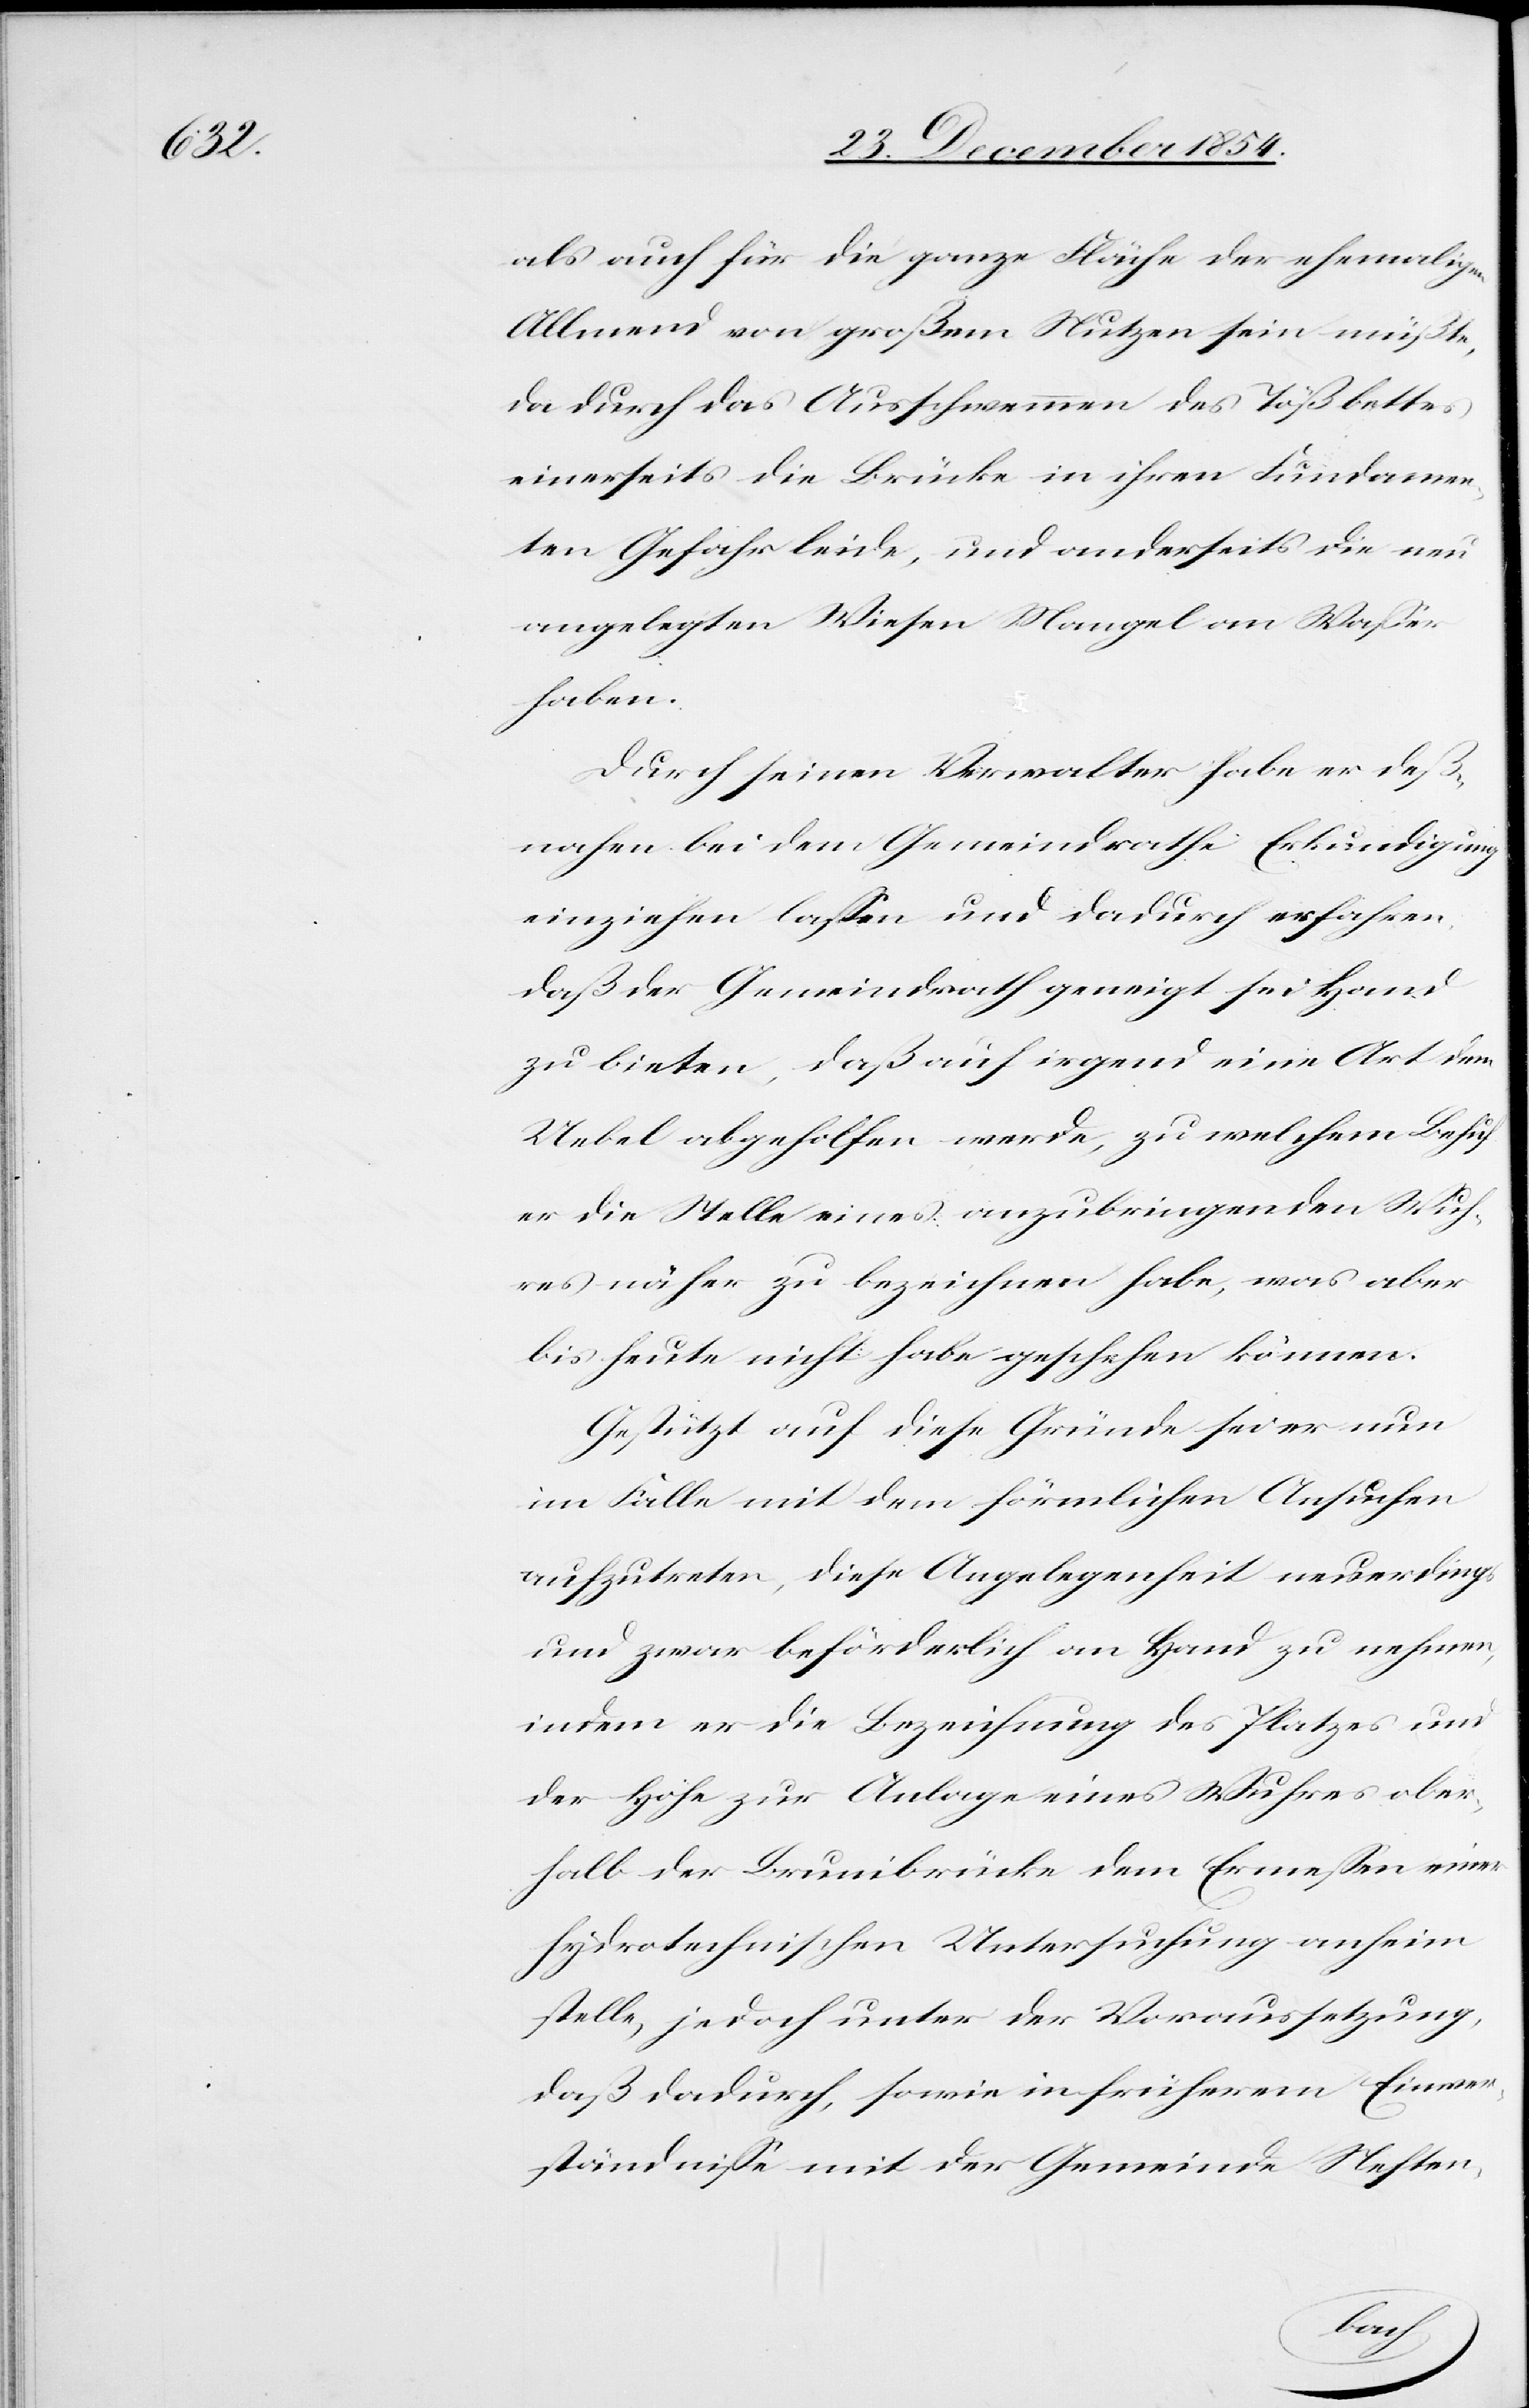
als auch für die ganze Fläche der ehemaligen
Allmend von großem Nutzen sein müßte,
da durch das Ausschwemmen des Tößbettes
einerseits die Brücke in ihren Fundamen¬
ten Gefahr leide, und anderseits die neu
angelegten Wiesen Mangel an Waßer
haben.
Durch seinen Verwalter habe er deß¬
nahen bei dem Gemeindrathe Erkundigung
einziehen laßen und dadurch erfahren,
daß der Gemeindrath geneigt sei Hand
zu bieten, daß auf irgend eine Art dem
Uebel abgeholfen werde, zu welchem Behuf
er die Stelle eines anzubringenden Wuh¬
res näher zu bezeichnen habe, was aber
bis heute nicht habe geschehen können.
Gestützt auf diese Gründe sei er nun
im Falle mit dem förmlichen Ansuchen
aufzutreten, diese Angelegenheit neuerdings
und zwar beförderlich an Hand zu nehmen,
indem er die Bezeichnung des Platzes und
der Höhe zur Anlage eines Wuhres ober¬
halb der Brunibrücke dem Ermeßen einer
hydrotechnischen Untersuchung anheim
stelle, jedoch unter der Voraussetzung,
daß dadurch, sowie in früherem Einver¬
ständniße mit der Gemeinde Neften-